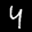
Label: 4